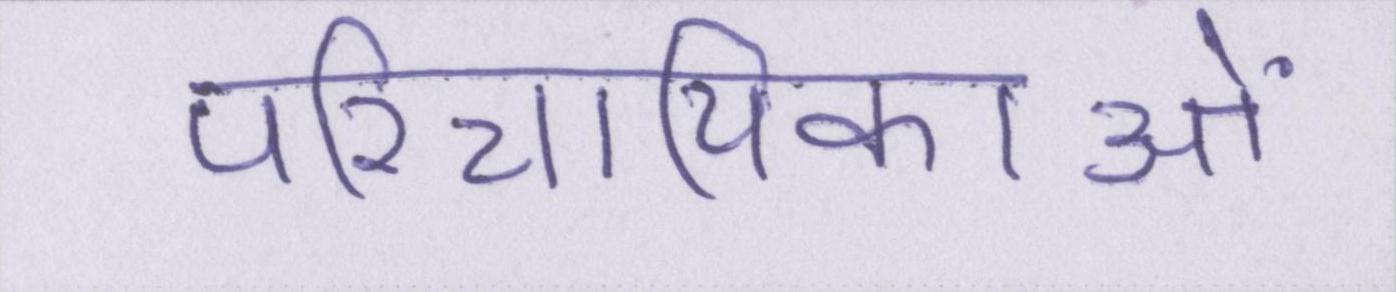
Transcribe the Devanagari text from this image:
परिचायिकाओं